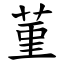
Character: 菫